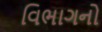
વિભાગનો